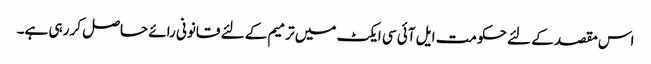
اس مقصد کے لئے حکومت ایل آئی سی ایکٹ میں ترمیم کے لئے قانونی رائے حاصل کر رہی ہے۔